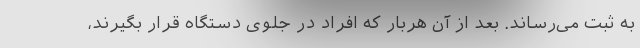
به ثبت می‌رساند. بعد از آن هربار که افراد در جلوی دستگاه قرار بگیرند،